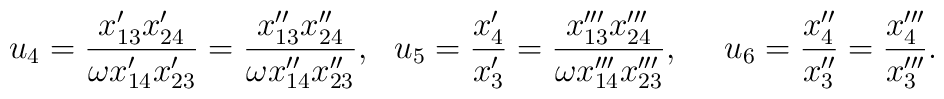
u_4=\frac{x_{13}'x_{24}'}{\omega x_{14}'x_{23}'}=\frac{x_{13}''x_{24}''}{\omega x_{14}''x_{23}''},~~u_5=\frac{x_4'}{x_3'}=\frac{x_{13}'''x_{24}'''}{\omega x_{14}'''x_{23}'''},~~~~u_6=\frac{x_4''}{x_3''}=\frac{x_4'''}{x_3'''}.~